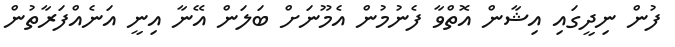
ފުން ނިދީގައި އިޝާން އޮތްވާ ފެނުމުން އެމޫނަށް ބަލަން އޭނާ އިނީ އަނެއްފަރާތުން